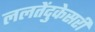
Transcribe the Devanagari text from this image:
ललतेंदुकेसरी